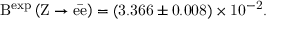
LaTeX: \mathrm { B ^ { e x p } \left( \mathrm { Z \rightarrow e \bar { e } } \right) = ( 3 . 3 6 6 \pm 0 . 0 0 8 ) \times 1 0 ^ { - 2 } . }